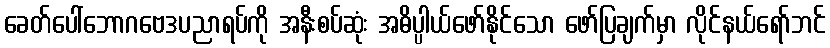
ခေတ်ပေါ်ဘောဂဗေဒပညာရပ်ကို အနီးစပ်ဆုံး အဓိပ္ပါယ်ဖော်နိုင်သော ဖော်ပြချက်မှာ လိုင်နယ်ရော်ဘင်